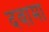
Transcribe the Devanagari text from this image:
दवामा